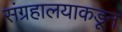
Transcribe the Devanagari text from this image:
संग्रहालयाकडून